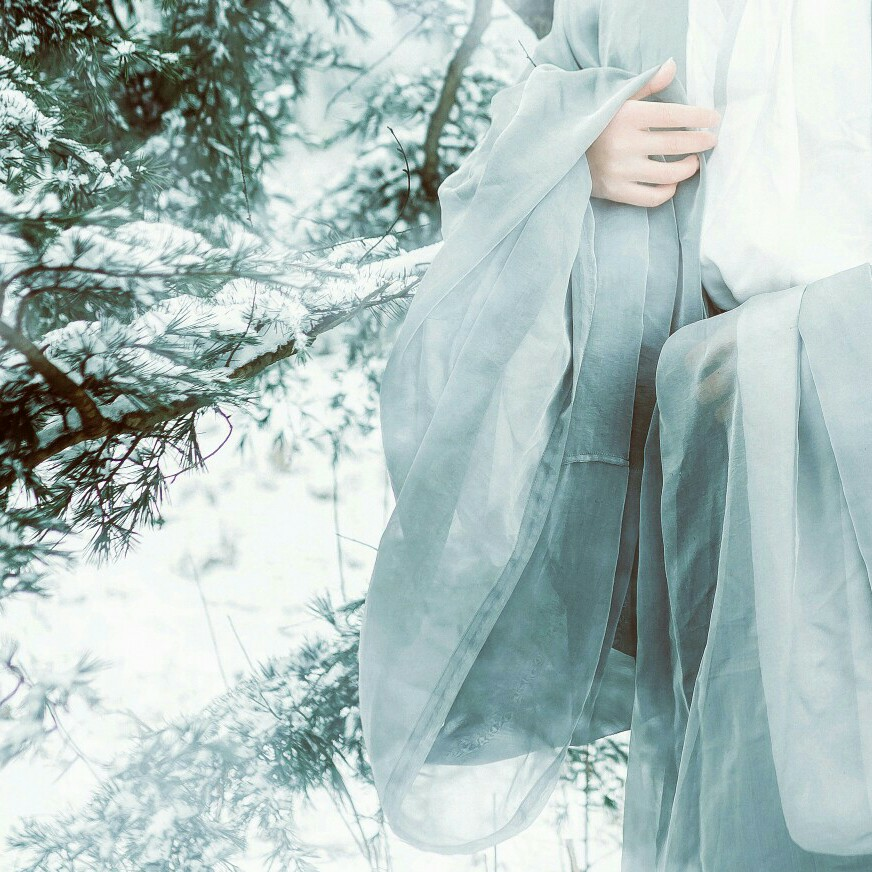
雪照山城玉指寒，一声羌管怨楼间。